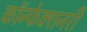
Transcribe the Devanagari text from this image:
कॉन्फेक्शनरी